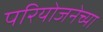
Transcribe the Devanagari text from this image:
परियोजनेच्या